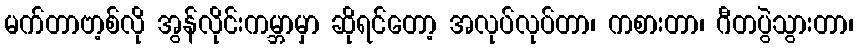
မက်တာဗာ့စ်လို အွန်လိုင်းကမ္ဘာမှာ ဆိုရင်တော့ အလုပ်လုပ်တာ၊ ကစားတာ၊ ဂီတပွဲသွားတာ၊